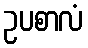
ဥပစာလံ